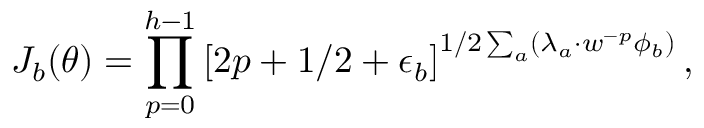
J _ { b } ( \theta ) = \prod _ { p = 0 } ^ { h - 1 } \left[ 2 p + 1 / 2 + \epsilon _ { b } \right] ^ { 1 / 2 \sum _ { a } ( \lambda _ { a } \cdot w ^ { - p } \phi _ { b } ) } ,